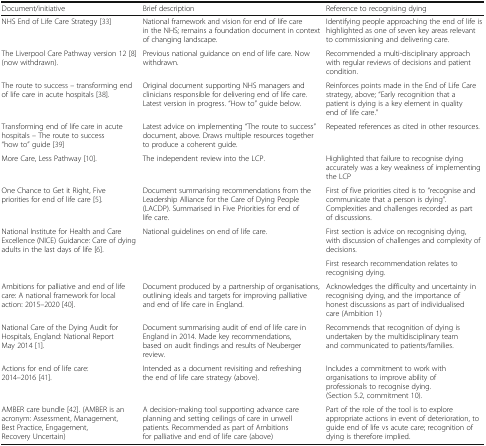
| Document/initiative | Brief description | Reference to recognising dying |
 | --- | --- | --- |
 | NHS End of Life Care Strategy [33] | National framework and vision for end of life care in the NHS; remains a foundation document in context of changing landscape. | Identifying people approaching the end of life is highlighted as one of seven key areas relevant to commissioning and delivering care. |
 | The Liverpool Care Pathway version 12 [8] (now withdrawn). | Previous national guidance on end of life care. Now withdrawn. | Recommended a multi-disciplinary approach with regular reviews of decisions and patient condition. |
 | The route to success – transforming end of life care in acute hospitals [38]. | Original document supporting NHS managers and clinicians responsible for delivering end of life care. Latest version in progress. “How to” guide below. | Reinforces points made in the End of Life Care strategy, above; “Early recognition that a patient is dying is a key element in quality end of life care.” |
 | Transforming end of life care in acute hospitals – The route to success “how to” guide [39] | Latest advice on implementing “The route to success” document, above. Draws multiple resources together to produce a coherent guide. | Repeated references as cited in other resources. |
 | More Care, Less Pathway [10]. | The independent review into the LCP. | Highlighted that failure to recognise dying accurately was a key weakness of implementing the LCP |
 | One Chance to Get it Right, Five priorities for end of life care [5]. | Document summarising recommendations from the Leadership Alliance for the Care of Dying People (LACDP). Summarised in Five Priorities for end of life care. | First of five priorities cited is to “recognise and communicate that a person is dying”. Complexities and challenges recorded as part of discussions. |
 | <ROWSPAN=2> National Institute for Health and Care Excellence (NICE) Guidance: Care of dying adults in the last days of life [6]. | <ROWSPAN=2> National guidelines on end of life care. | First section is advice on recognising dying, with discussion of challenges and complexity of decisions. |
 | First research recommendation relates to recognising dying. |
 | Ambitions for palliative and end of life care: A national framework for local action: 2015–2020 [40]. | Document produced by a partnership of organisations, outlining ideals and targets for improving palliative and end of life care in England. | Acknowledges the difficulty and uncertainty in recognising dying, and the importance of honest discussions as part of individualised care (Ambition 1) |
 | National Care of the Dying Audit for Hospitals, England: National Report May 2014 [1]. | Document summarising audit of end of life care in England in 2014. Made key recommendations, based on audit findings and results of Neuberger review. | Recommends that recognition of dying is undertaken by the multidisciplinary team and communicated to patients/families. |
 | Actions for end of life care: 2014–2016 [41]. | Intended as a document revisiting and refreshing the end of life care strategy (above). | Includes a commitment to work with organisations to improve ability of professionals to recognise dying. (Section 5.2, commitment 10). |
 | AMBER care bundle [42]. (AMBER is an acronym: Assessment, Management, Best Practice, Engagement, Recovery Uncertain) | A decision-making tool supporting advance care planning and setting ceilings of care in unwell patients. Recommended as part of Ambitions for palliative and end of life care (above) | Part of the role of the tool is to explore appropriate actions in event of deterioration, to guide end of life vs acute care; recognition of dying is therefore implied. |